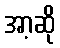
အာ့ဆို